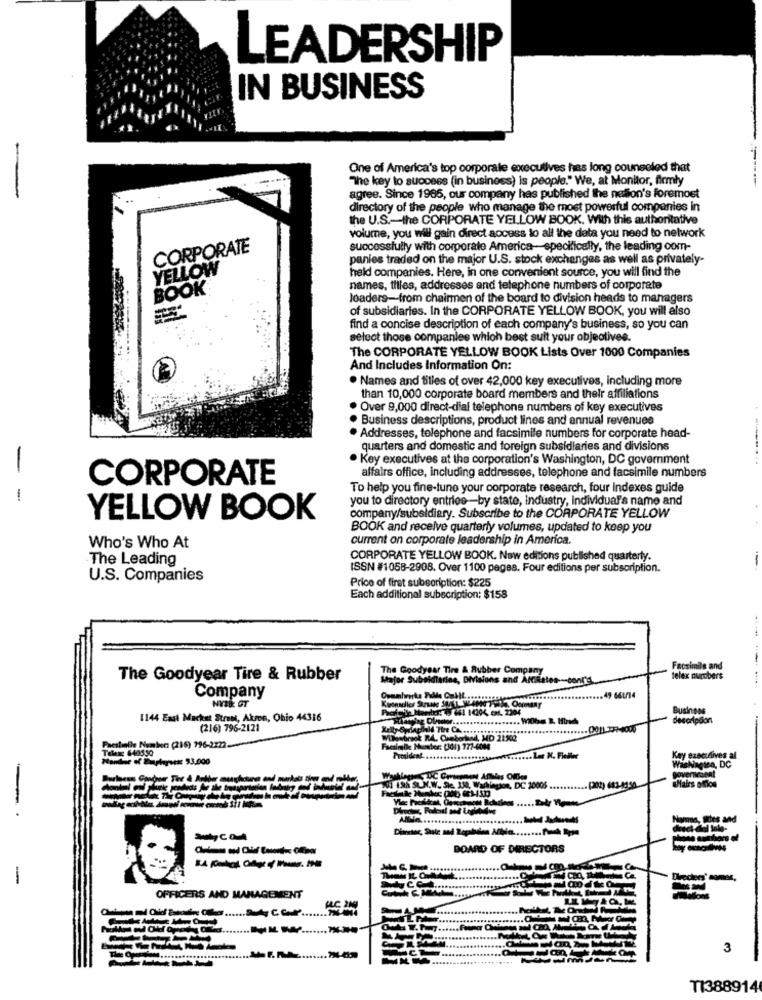
LEADERSHIP
IN BUSINESS
One of America's top corporate executives has long counseled that
The key to success (in business) is people." We, at Monitor, firmly
agree. Since 1965, our company has published the nation's foremost
directory of the people who manage the most powerful companies in
the U.S .- the CORPORATE YELLOW BOOK. With this authoritative
volume, you will gain direct access to all the data you need to network
CORPORATE
successfully with corporate America-specifically, the leading com-
panies traded on the major U.S. stock exchanges as well as privately-
YELLOW
held companies. Here, in one convenient source, you will find the
BOOK
names, thiles, addresses and telephone numbers of corporate
loaders-from chairmen of the board to division heads to managers
of subsidiaries. In the CORPORATE YELLOW BOOK, you will also
find a concise description of each company's business, so you can
select those companies which best suit your objectives.
The CORPORATE YELLOW BOOK Lists Over 1000 Companies
And Includes Information On:
· Names and titles of over 42,000 key executives, including more
than 10,000 corporate board members and their affiliations
· Over 9,000 direct-dial telephone numbers of key executives
. Business descriptions, product lines and annual revenues
· Addresses, telephone and facsimile numbers for corporate head-
quarters and domestic and foreign subsidiaries and divisions
. Key executives at the corporation's Washington, DC government
-
CORPORATE
affairs office, including addresses, telephone and facsimile numbers
To help you fine-tune your corporate research, four indexes guide
-
you to directory entries-by state, industry, individual's name and
YELLOW BOOK
company/subsidiary. Subscribe to the CORPORATE YELLOW
BOOK and receive quarterly volumes, updated to keep you
current on corporate leadership in America.
Who's Who At
The Leading
CORPORATE YELLOW BOOK. Now editions published quarterly.
ISSN #1058-2908. Over 1100 pages. Four editions per subscription.
U.S. Companies
Price of first subscription: $225
Each additional subscription: $158
The Goodyear Tire & Rubber Company
Facsimile and
The Goodyear Tire & Rubber
Major Subaklarine, DIVisions and Affiliates -- cont'd
telex numbers
Company
49 661/14
NYB& GT
Business
1144 East Machst Stren, Akron, Ohio 44316
. Willbe R. Htrods
(216) 796-2121
Wlawirsok R4. Credorbad, MD 21:302
Facstelle Number (216) 796-2222.
Telex 649550
Facsimile Number: [301) 777-6086
Handle of Eupierses $3,000
President ...
Kay executives al
Nagien, DC
01 19h SUN.W. Se. 330, Washington, DC 10005
ANNA.
Namns, Siles and
BOARD OF DIRECTORS
-
OFFICERS AND MANAGEMENT
3
T1388914